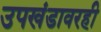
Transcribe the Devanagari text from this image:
उपखंडावरही